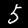
Label: 5